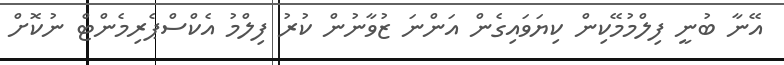
އޭނާ ބުނީ ފިލްމުމޭކިން ކިޔަވައިގެން އަންނަ ޒުވާނުން ކުރު ފިލްމު އެކްސްޕެރިމެންޓް ނުކޮށް